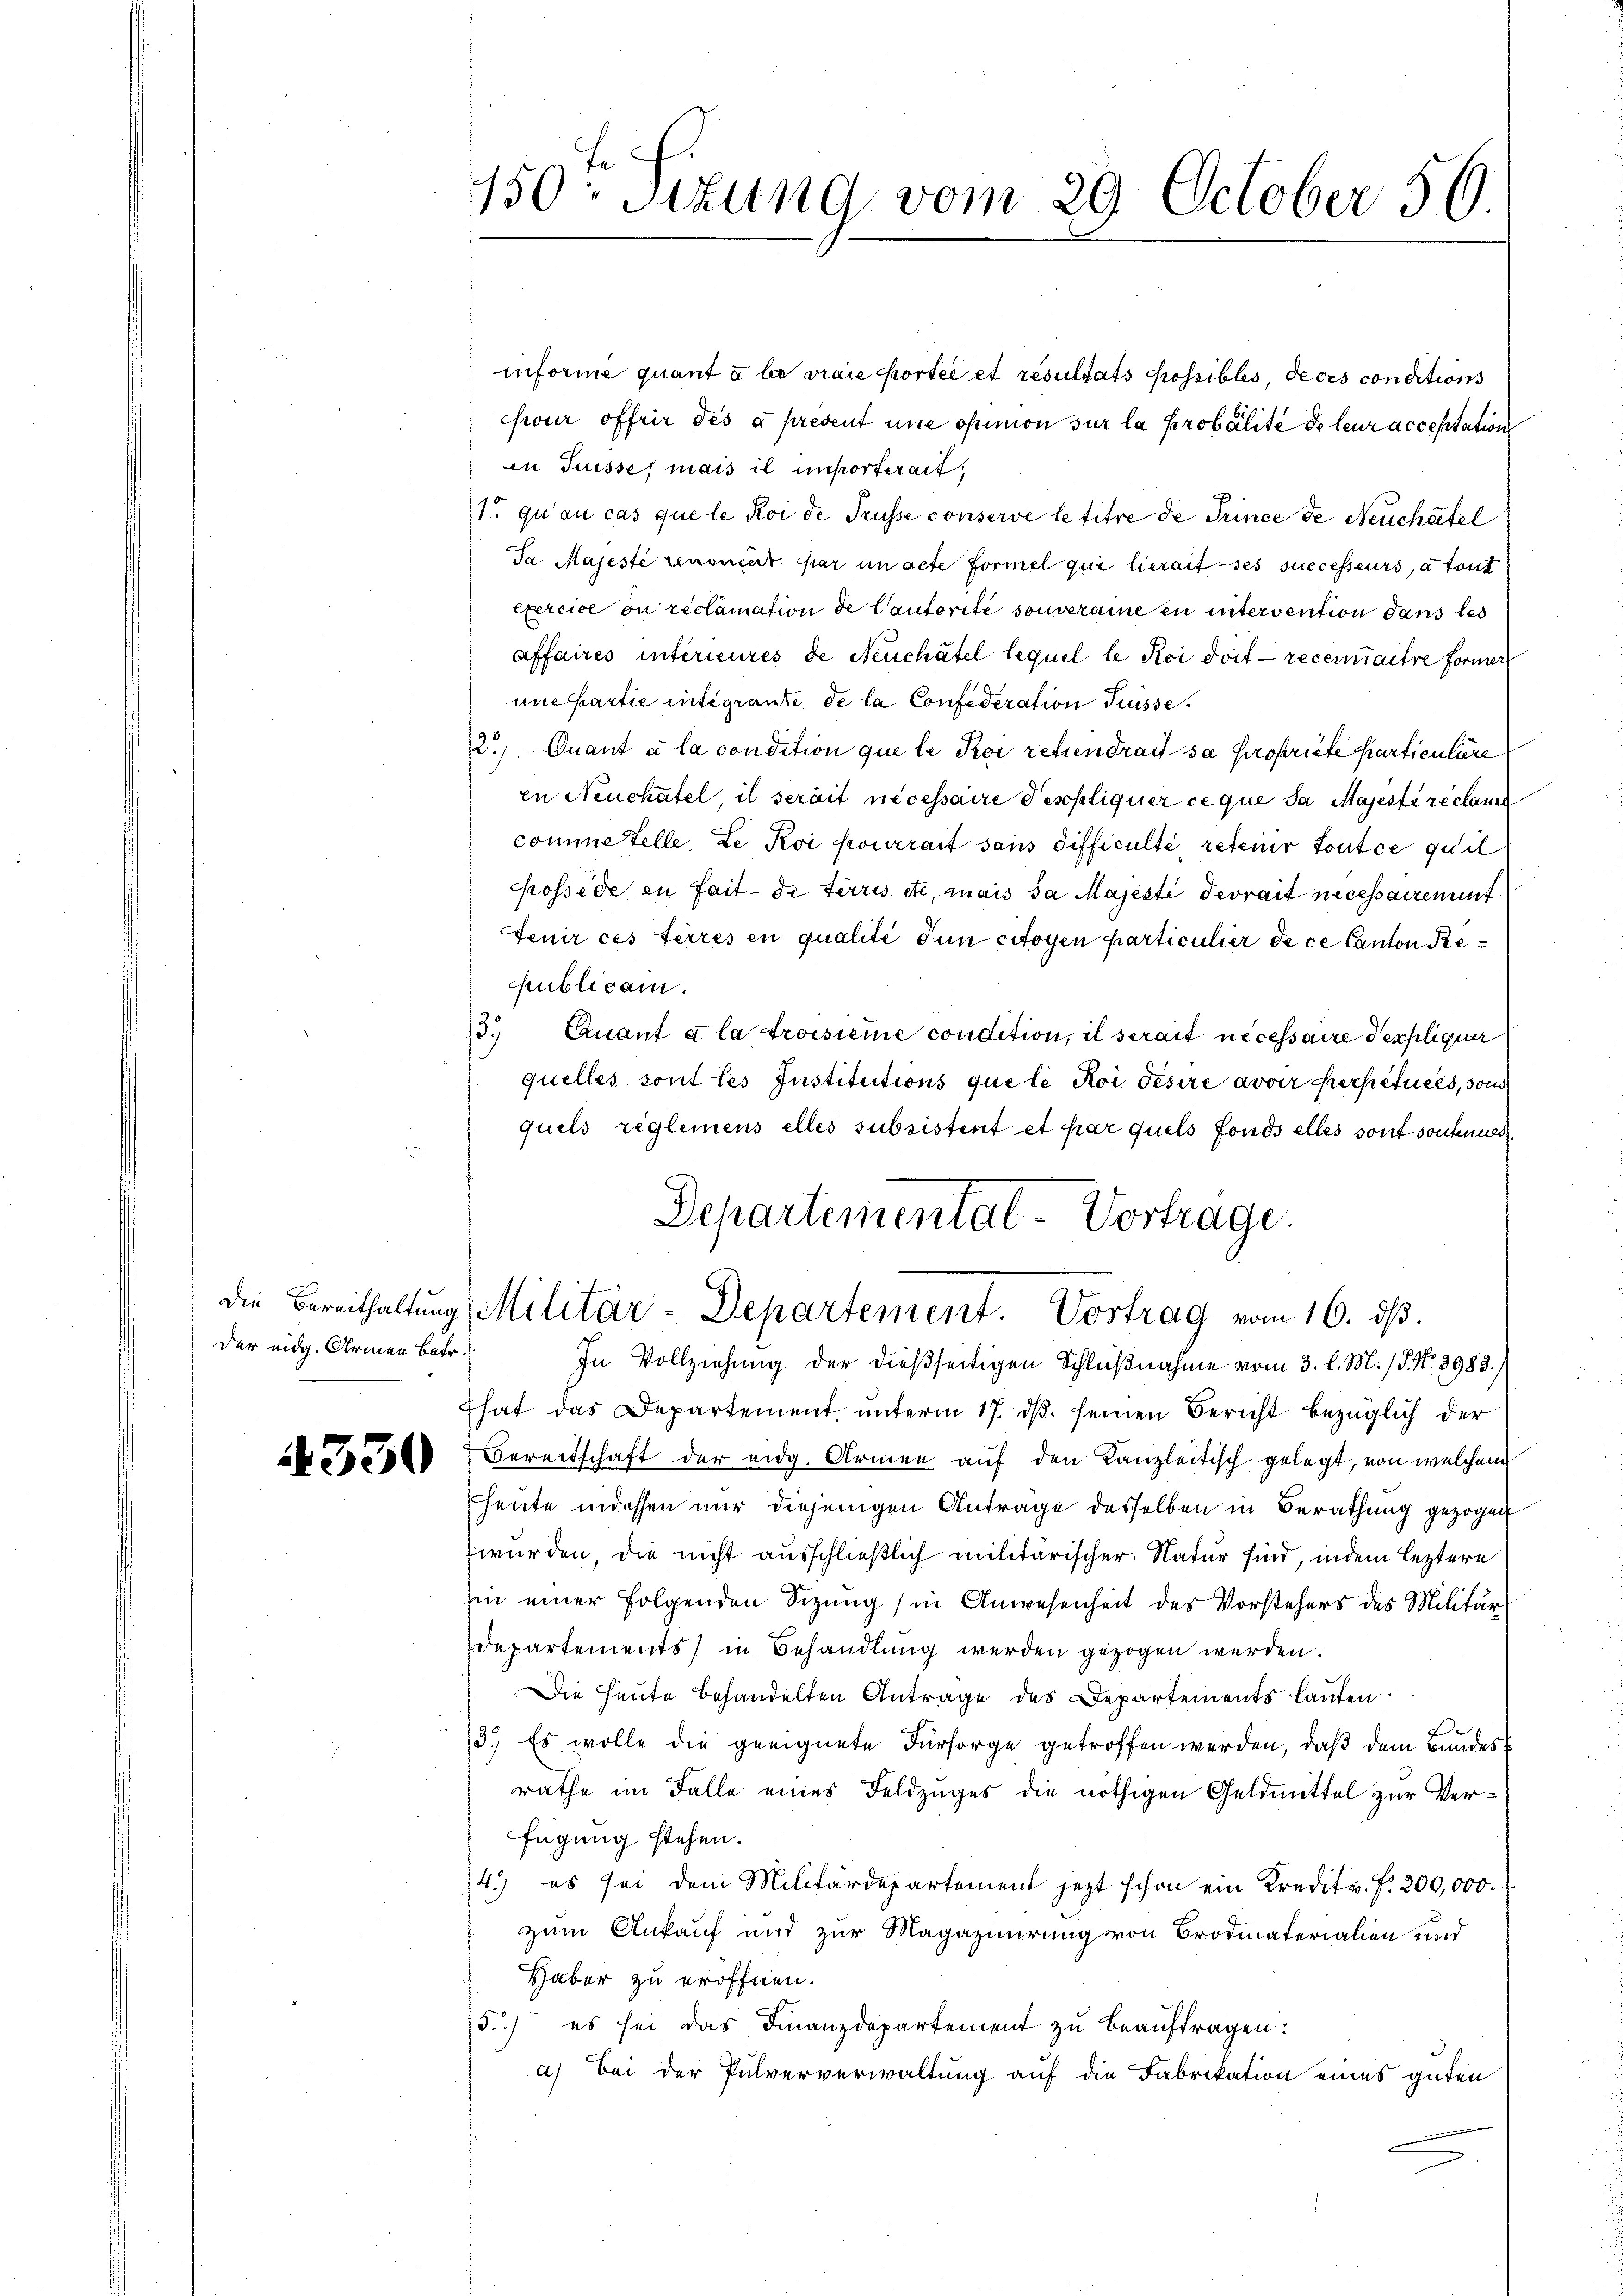
der eidg. Armen betr.

4350

informe quant u be vraie portée et resultats possibles, deces conditions
ceur offrir des a present une ofimon sur la probalité de leur acceptation
in Suisse; mais il unsorterait,
1t qu’au cas que le Koi de Trüsse conserve le titre de Trince de Neuchäfel
Da Majesté renoncert par un acte Formel qui hierait ses successeurs, à tout
Exercice ou reclamation de Cautorité souveraine en intervention dans les
affaires intérieures de Neuchâtel lequel le Koi doit — recenaitre former
une partie integrante de la Confederation Trüsse.
2. Quant à la condition que le Poi retiendrait sa propriete Particuliere
in Neuchatel, il serait nécessaire Teschliquer ce que da Majeste réclame
commertelle, ze Koi pourrait sans Sifficulté reteur tout ce quil
chossede in fait de terris etc. mais da Majesté devrait necessairement
tenir ces terres en qualité den citoyen particulier de ce Canton Republican.
3. Quant à la troisième condition, il serait necessaire expliquer
quelles sont les Institutions que le Koi Fesire avoir perpétuées, sons
quels reglemens elles subsistent et par quels fonds alles sont sontenuer
Departemental-Vortrage.
die Bereithaltŭng Militär-Departement. Vortrag vom 16. dβ.
In Vollziehung der dießseitigen Schlußnahme vom 3. l. M. / 5. No 8983.)
That das Departement ŭnterm 17. dβ. seinen Bericht bezüglich der
Bereitschaft der eidg. Armen auf den Kanzleitisch gelegt, von welchem
heute indessen nur diejenigen Antrage desselben in Berathung gezogen
 wurden, die nicht ausschließlich militärischer Natur sind, indem leztere
in einer folgenden Sizung (in Anwesenheit des Vorstehers des Militär
Departements) in Behandlung werden gezogen werden.
Die Heute behandelten Antrage des Departements laufen.
13.) Es wolle die geeignete Fürsorge getroffen werden, daß dem Bundes
rathe im Falle eines Feldzuges die nöthigen Geldmittel zur Verfügung stehen.
4.) es sei dem Militärdepartement jetzt schon ein Kredits. f. 200,000.
zum Ankauf und zur Magazinirung von Brodmaterialien und
Haber zu eröffnen.
5.) es sei das Finanzdepartement zu beauftragen:
a) Bei der Pulververwaltung auf die Fabrikation eines guten

150. Sizung vom 29. October 56